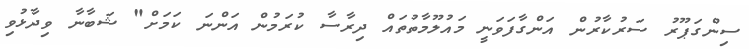
ސިންގަޕޫރު ސަރުކާރުން އަންގާފަވަނީ މައުލޫމާތުތައް ދިރާސާ ކުރަމުން އަންނަ ކަމަށް" ޝަބާނާ ވިދާޅުވި